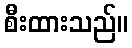
စီးထားသည်။